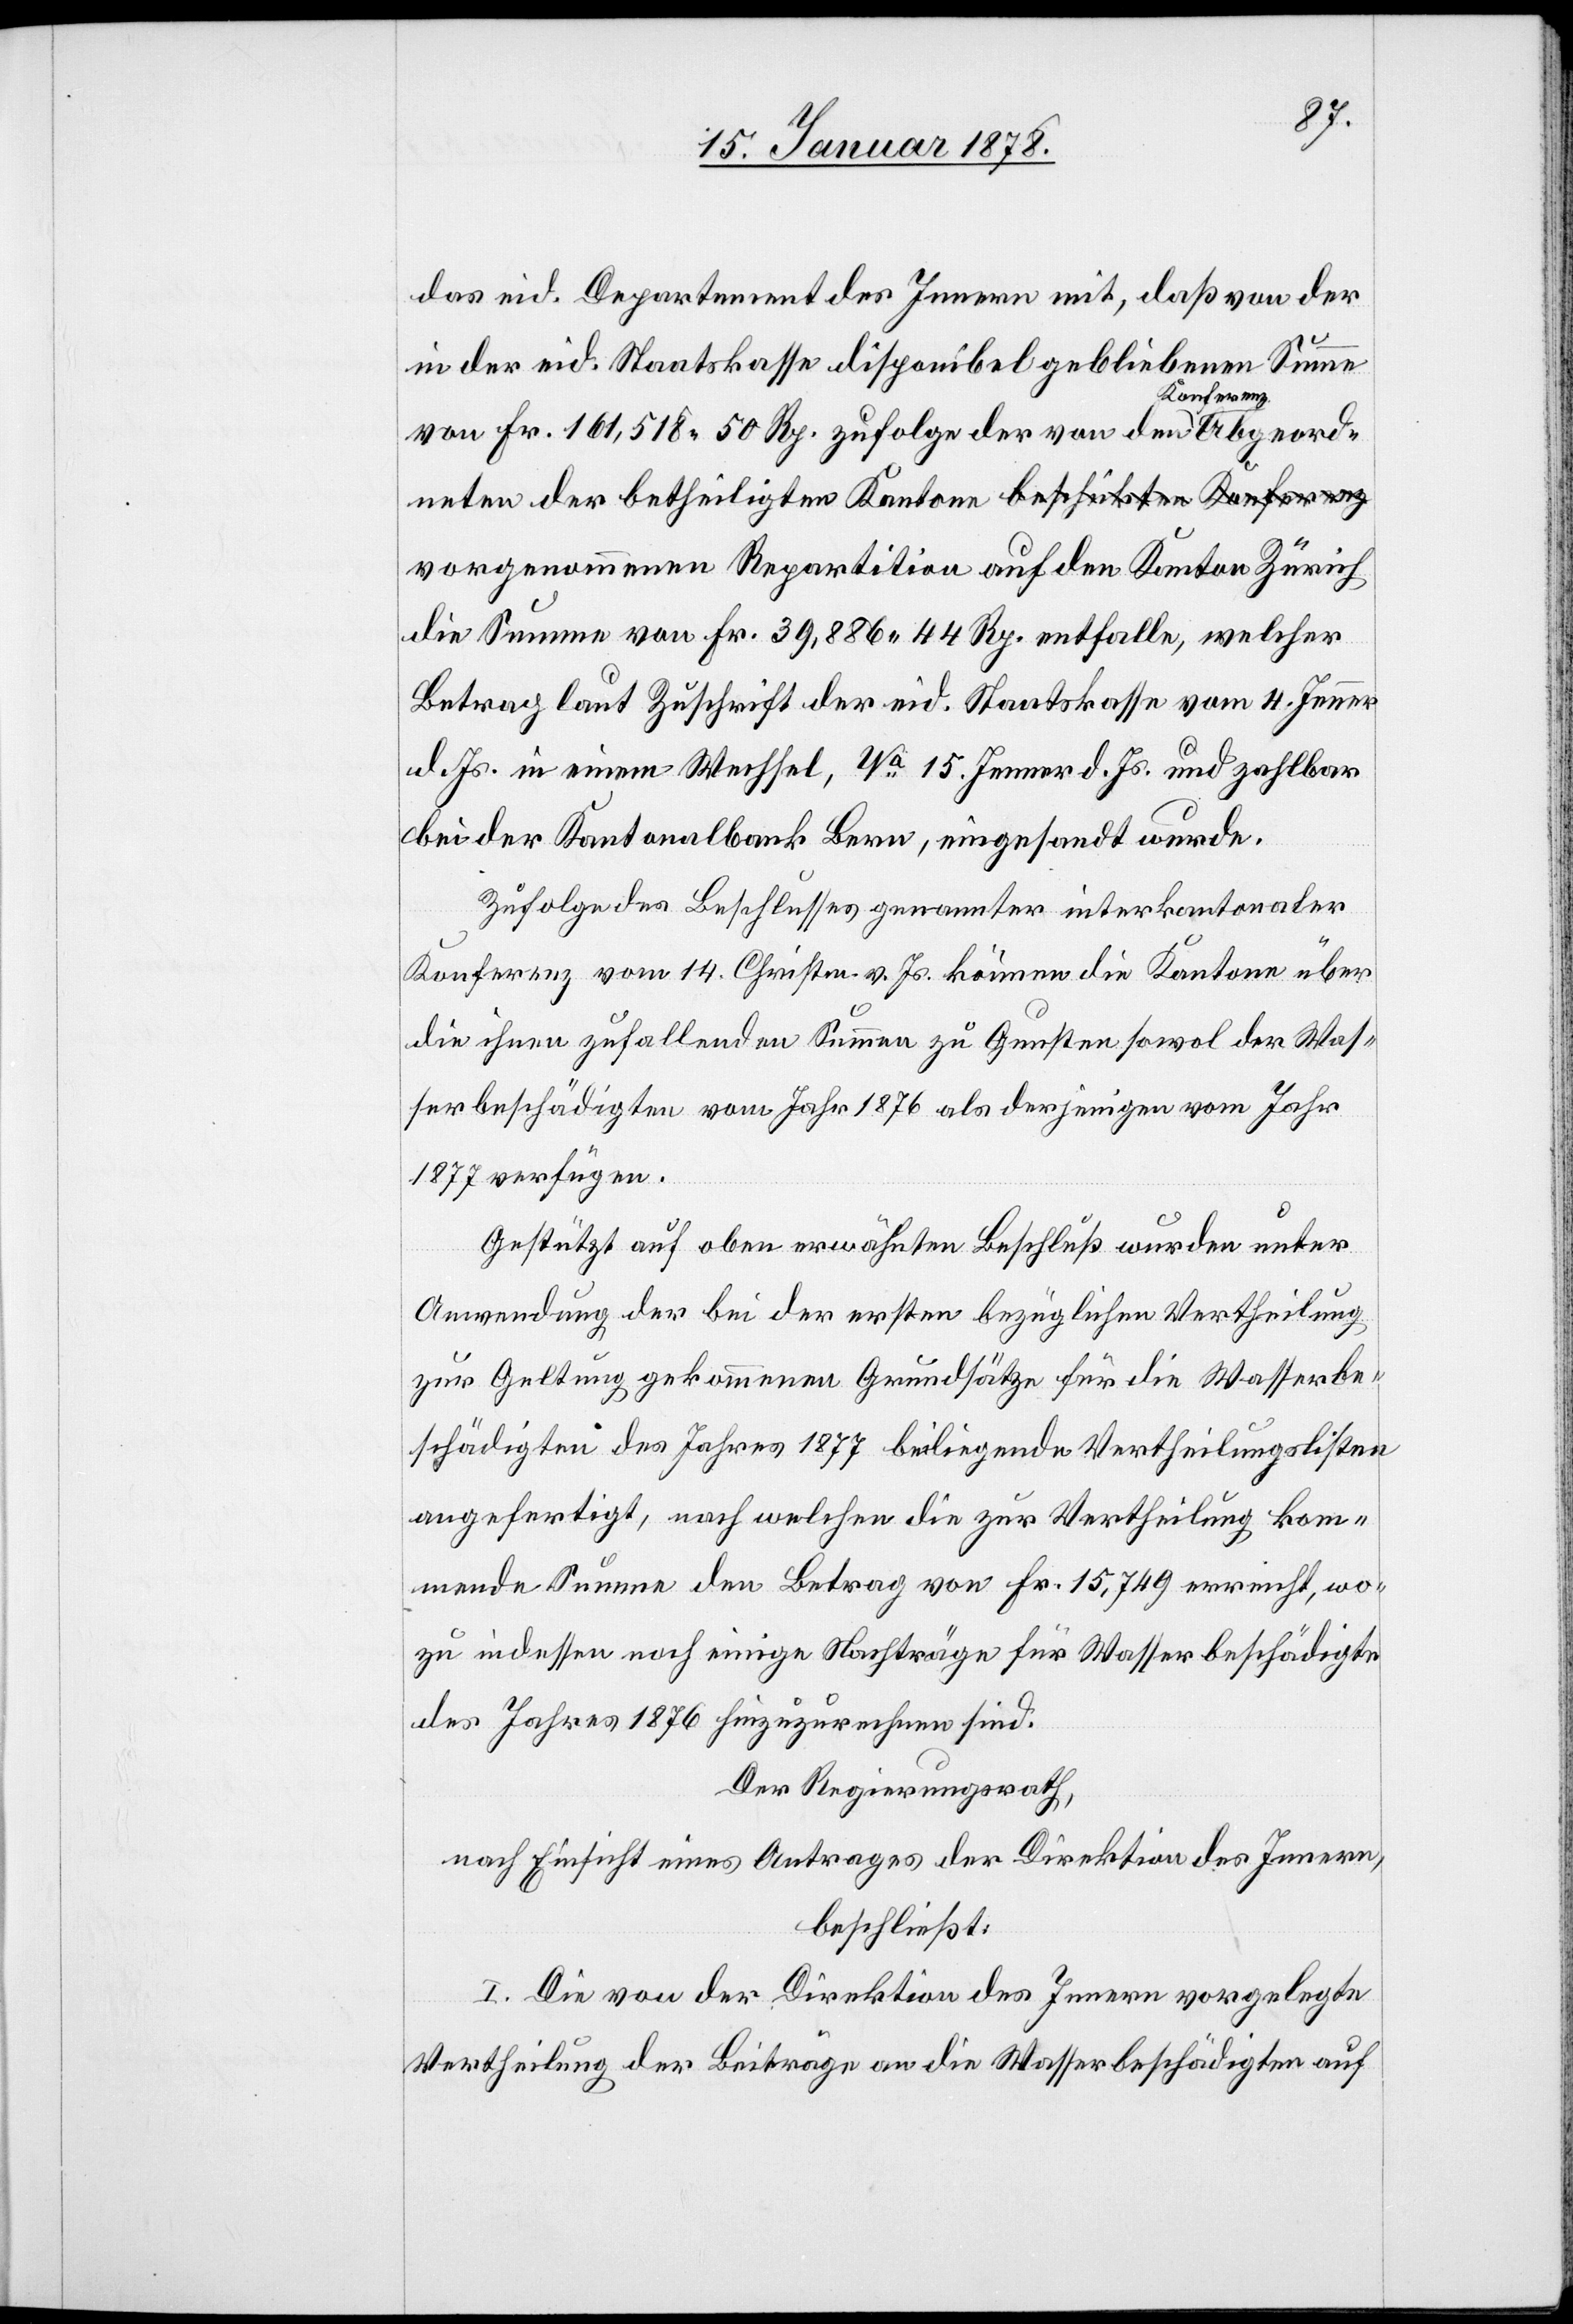
das eid. Departement des Innern mit, daß von der
in der eid. Staatskasse disponibel gebliebenen Summe
von Fr. 161,518. 50 Rp. zufolge der von den Konferen¬
neten der betheiligten Kantone vorgenommenen Repartition
die Summe von Fr. 39,886 44 Rp. entfalle, welcher
Betrag laut Zuschrift der eid. Staatskasse vom 4. Jenner
d. Js. in einem Wechsel, Va. 15. Jenner d. Js. und zahlbar
bei der Kantonalbank Bern, eingesandt wurde.
Zufolge des Beschlusses genannter interkantonaler
Konferenz vom 14. Christm. v. Js. können die Kantone über
die ihnen zufallenden Summen zu Gunsten sowol der Was¬
serbeschädigten vom Jahr 1876 als derjenigen vom Jahr
den
1877 verfügen.
Gestützt auf oben erwähnten Beschluß wurden unter
Anwendung der bei der ersten bezüglichen Vertheilung
zur Geltung gekommenen Grundsätze für die Wasserbe¬
schädigten des Jahres 1877 beiliegende Vertheilungslisten
angefertigt, nach welchen die zur Vertheilung kom¬
mende Summe den Betrag von Fr. 15,749 erreicht, wo¬
zu indessen noch einige Nachträge für Wasserbeschädigte
des Jahres 1876 hinzuzurechnen sind.
Der Regierungsrath,
nach Einsicht eines Antrages der Direktion des Innern,
beschließt:
I. Die von der Direktion des Innern vorgelegte
Vertheilung der Beiträge an die Wasserbeschädigten auf